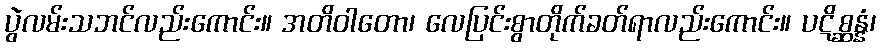
ပွဲလမ်းသဘင်လည်းကောင်း။ အတိဝါတော၊ လေပြင်းစွာတိုက်ခတ်ရာလည်းကောင်း။ ပဋိစ္ဆန္နံ၊